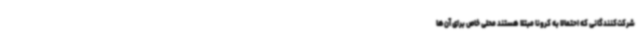
شرکت‌کنندگانی که احتمالاً به کرونا مبتلا هستند محلی خاص برای آن‌ها